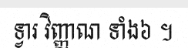
ទ្វារ វិញ្ញាណ ទាំង៦ ។